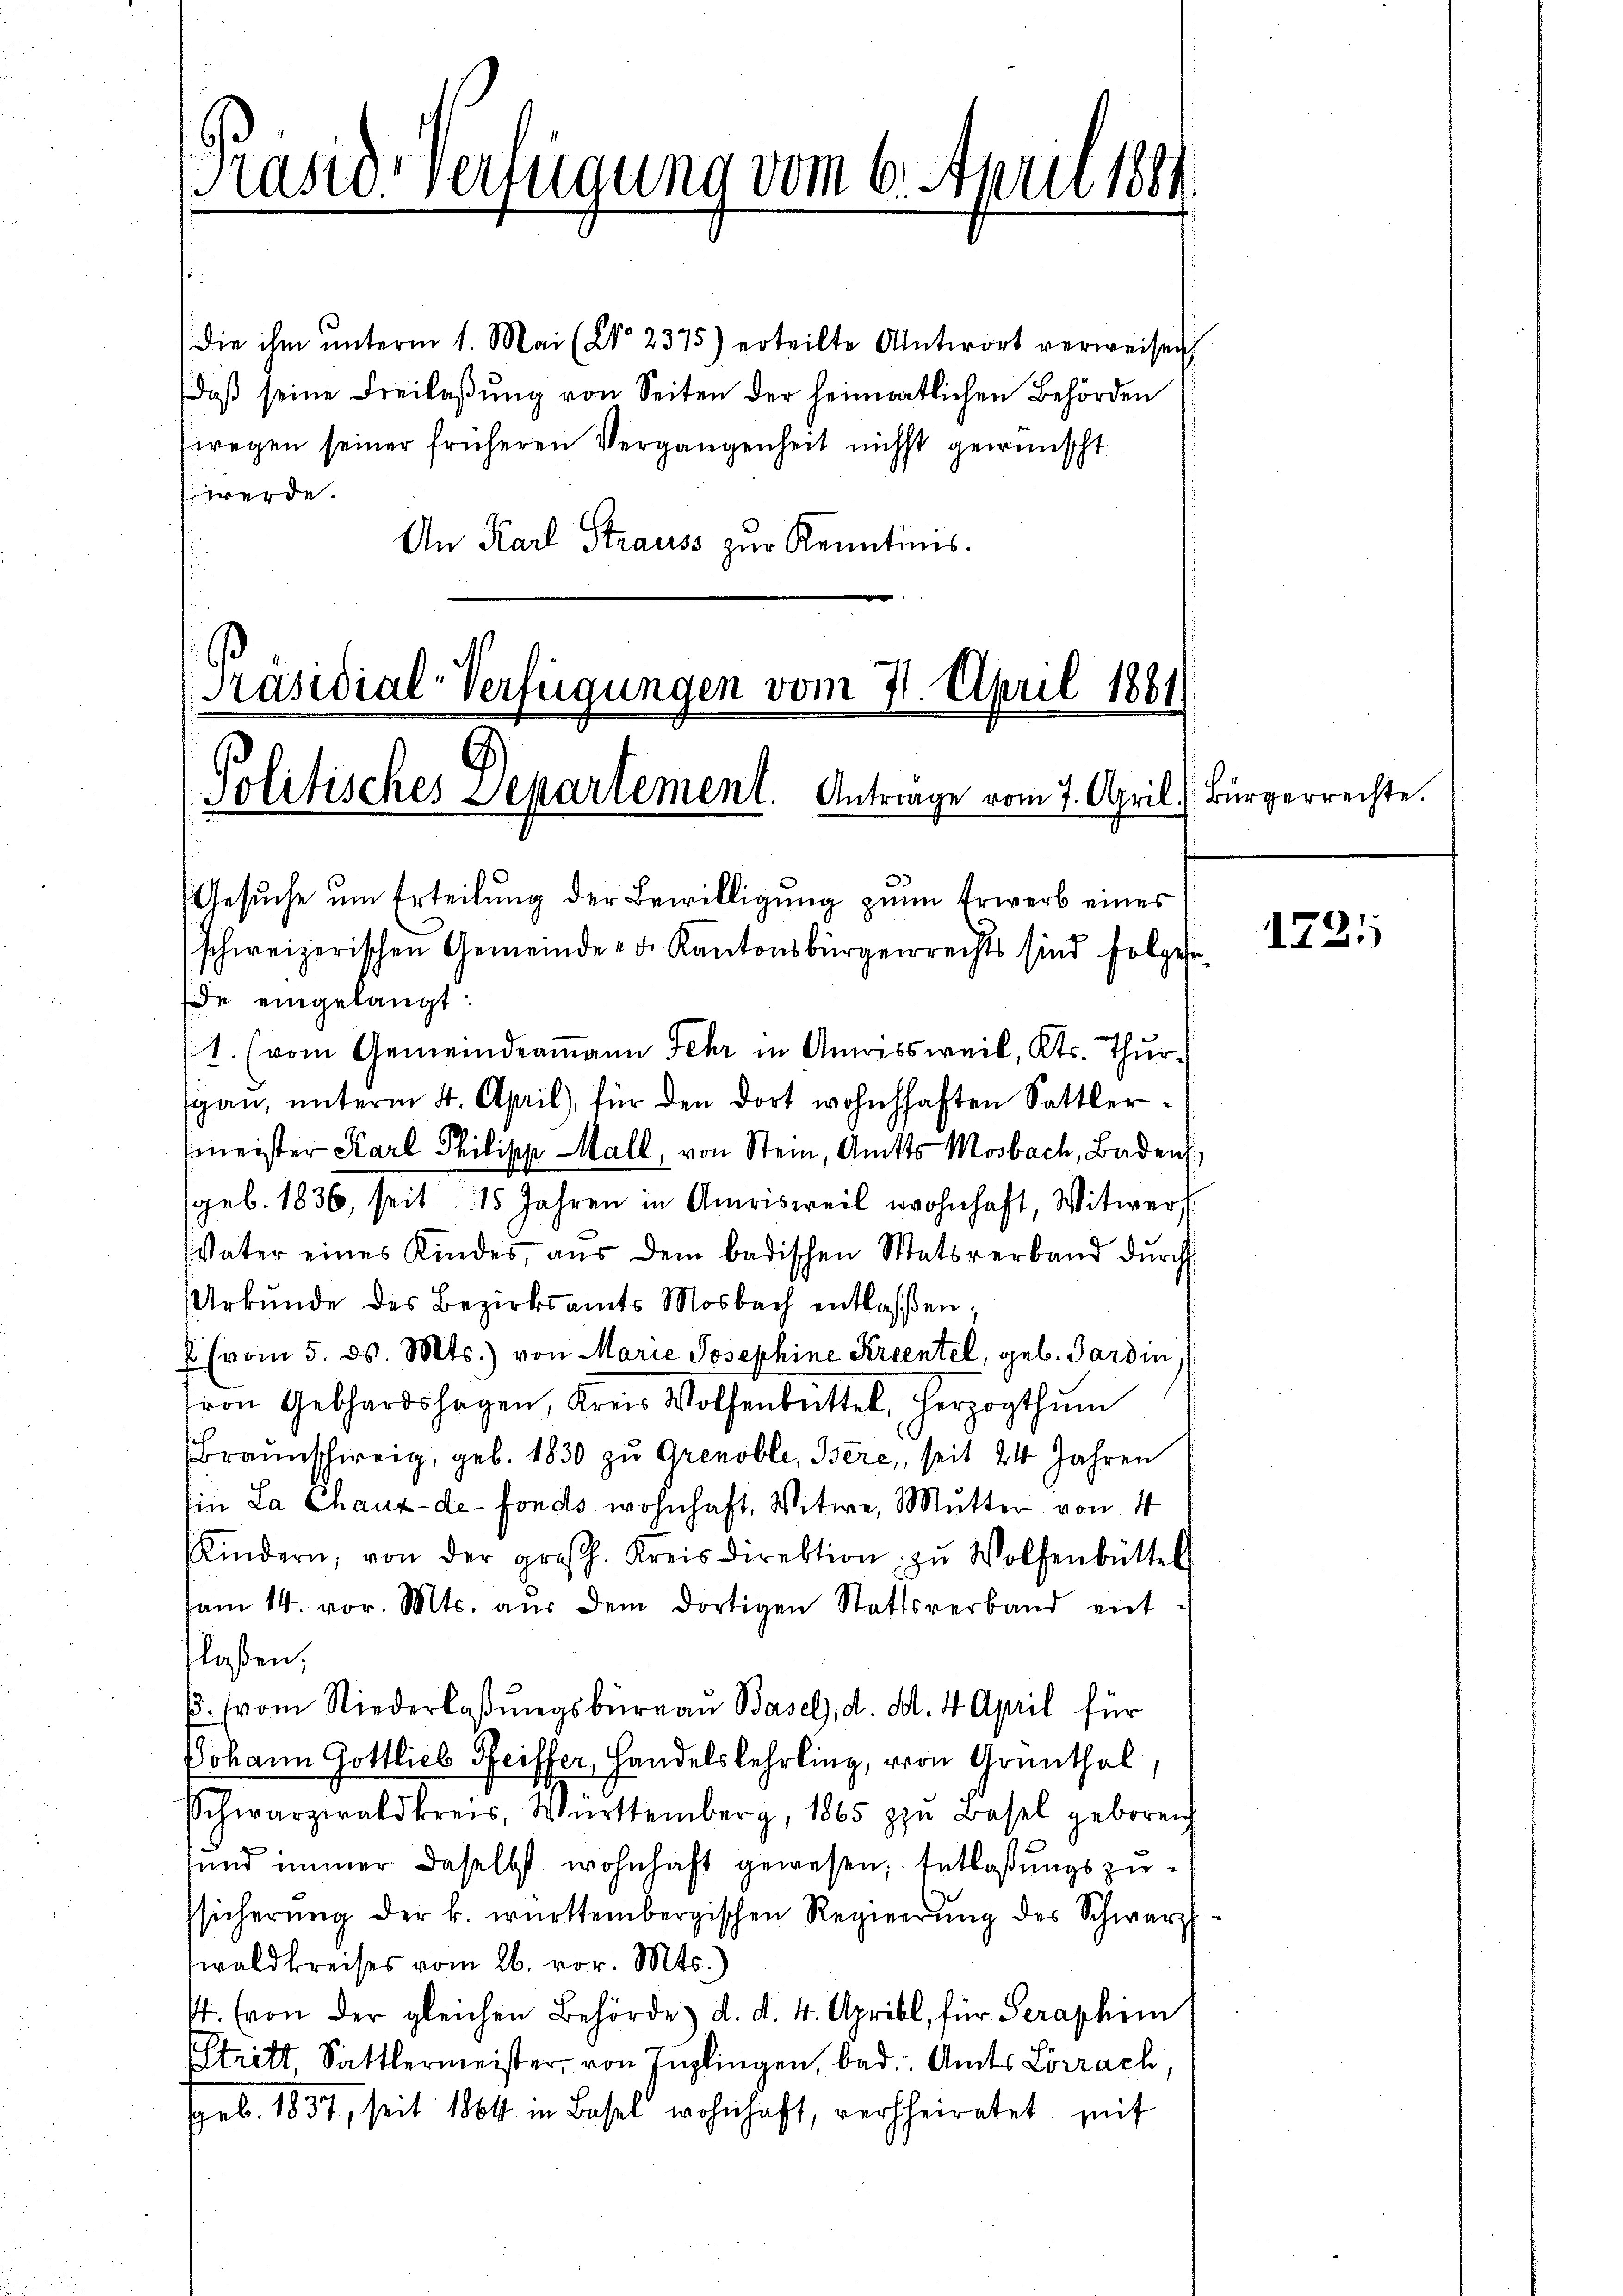
die ihm ŭnterm 1. Mai (Co 2375) erteilte Antwort verweisen
daß seine Freilaßung von Seiten der heimratlichen Behörden
wegen seiner früheren Vergangenheit nicht gewünscht
werde.
An Karl Strauss zur Kenntnis.

Kasu-Verfügung vom 6. April 1881

Präsidial-Verfügungen vom 7. April 1881.
Politisches Departement. Antrage vom 7. April) Bürgerrechte.

Gesuche um Erteilung der Bewilligung zum Erwerb eines
schweizerischen Gemeinde - dr. Kantonsbürgerrechts sind folgesede eingelangt:
(1. (vom Gemeindermann Fehr in Amrissweil, Kts. Thur-
sgan, unterm 4. April), für den dort wohnhaften Sattlermeister Karl Philipp Mall, von Stein, Amts Mosbach, Baden,
geb. 1836, seit 15 Jahren in Amrisweil wohnhaft, Witwerf
Vater eines Kindes, aŭs dem badischen Watsverband durch
Urkunde des Bezirksamts Mosbach entlassen;
E (vom 5. ds. Mts.) von Marie Josephine Krientel, geb. Gardin
ron Gebhardshagen, Kreis Wolfenbrittel, herzogthum
Braunschweig, geb. 1830 zu Grenoble, Bere, seit 24 Jahren
Ein La Chaux-de-Fonds wohnhaft, Witwe, Mutter von 4
Kindern, von der gross. Kreisdirektion zŭ Wolfenbüttel
am 14. vor. Mts. aŭs dem dortigen Stattsverband ent
laßen,
. (vom Niederlaßungsbureau Basel, d. d. 4 April für
Johann Gottlieb Seiffer, Handelslehrling, von Grenthal,
Schwarzwaldkreis, Württemberg, 1865 zu Basel geboren
sund immer daselbst wohnhaft gewesen, Entlaßungszussicherŭng der k. württembergischen Regierŭng des Schwarz
waldkreises vom 26. vor. Mts.)
s. (von der gleichen Behörde d. d. 4. Aprill, für Seraphim
Stritt, Sattlermeister, von Inglingen, bad. Amts Lörrach,
geb. 1837, seit 1864 in Basel wohnhaft, verheiratet, seit

1721